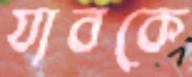
যাবকে